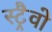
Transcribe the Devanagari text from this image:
स्ट्रैवो